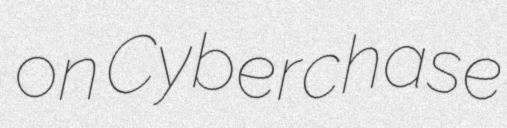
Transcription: on Cyberchase